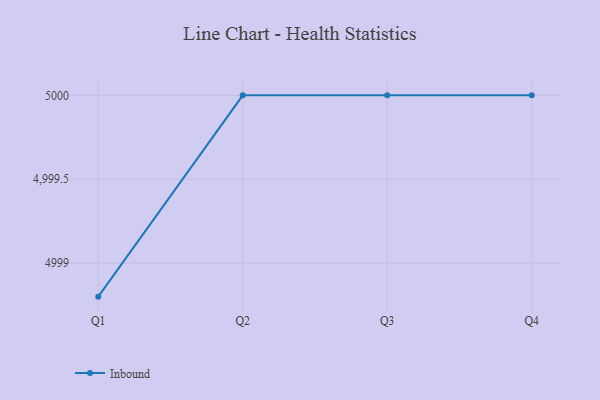
{"axis": {"x": "Quarter", "y": "Churn Rate (%)"}, "legend": ["Inbound"], "data": [{"x": "Q1", "y": 4998.8, "type": "Inbound"}, {"x": "Q2", "y": 5000, "type": "Inbound"}, {"x": "Q3", "y": 5000, "type": "Inbound"}, {"x": "Q4", "y": 5000, "type": "Inbound"}]}